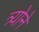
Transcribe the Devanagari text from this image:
त्र्योने